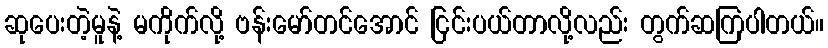
ဆုပေးတဲ့မူနဲ့ မကိုက်လို့ ဗန်းမော်တင်အောင် ငြင်းပယ်တာလို့လည်း တွက်ဆကြပါတယ်။